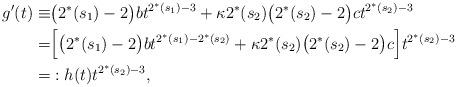
LaTeX: \begin{align*}g'(t)\equiv&\big(2^*(s_1)-2\big)bt^{2^*(s_1)-3}+\kappa 2^*(s_2)\big(2^*(s_2)-2\big)ct^{2^*(s_2)-3}\\=&\Big[\big(2^*(s_1)-2\big)bt^{2^*(s_1)-2^*(s_2)}+\kappa 2^*(s_2)\big(2^*(s_2)-2\big)c\Big]t^{2^*(s_2)-3}\\=&:h(t)t^{2^*(s_2)-3},\end{align*}